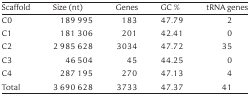
<table><thead><tr><td><b>Scaffold</b></td><td><b>Size (nt)</b></td><td><b>Genes</b></td><td><b>GC %</b></td><td><b>tRNA genes</b></td></tr></thead><tbody><tr><td>C0</td><td>189 995</td><td>183</td><td>47.79</td><td>2</td></tr><tr><td>C1</td><td>181 306</td><td>201</td><td>42.41</td><td>0</td></tr><tr><td>C2</td><td>2 985 628</td><td>3034</td><td>47.72</td><td>35</td></tr><tr><td>C3</td><td>46 504</td><td>45</td><td>44.25</td><td>0</td></tr><tr><td>C4</td><td>287 195</td><td>270</td><td>47.13</td><td>4</td></tr><tr><td>Total</td><td>3 690 628</td><td>3733</td><td>47.37</td><td>41</td></tr></tbody></table>